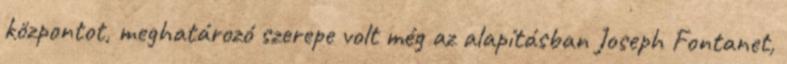
központot, meghatározó szerepe volt még az alapításban Joseph Fontanet,